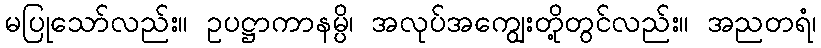
မပြုသော်လည်း။ ဥပဋ္ဌာကာနမ္ပိ၊ အလုပ်အကျွေးတို့တွင်လည်း။ အညတရံ၊